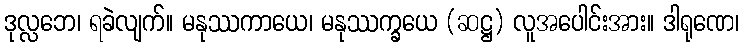
ဒုလ္လဘေ၊ ရခဲလျက်။ မနုဿကာယေ၊ မနုဿက္ခယေ (ဆဋ္ဌ) လူအပေါင်းအား။ ဒါရုဏေ၊